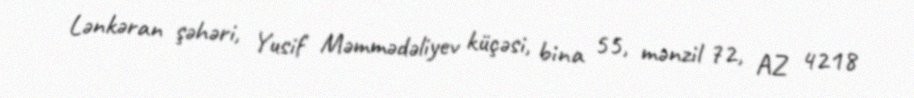
Lənkəran şəhəri, Yusif Məmmədəliyev küçəsi, bina 55, mənzil 72, AZ 4218